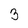
Character: 3